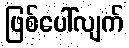
ဖြစ်ပေါ်လျက်